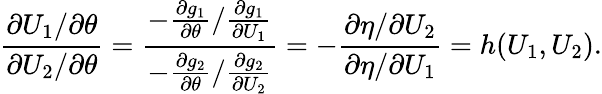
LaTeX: \frac{\partial U_{1}/\partial\theta}{\partial U_{2}/\partial\theta}=\frac{-\frac{\partial g_{1}}{\partial\theta}/\frac{\partial g_{1}}{\partial U_{1}}}{-\frac{\partial g_{2}}{\partial\theta}/\frac{\partial g_{2}}{\partial U_{2}}}=-\frac{\partial\eta/\partial U_{2}}{\partial\eta/\partial U_{1}}=h(U_{1},U_{2}).